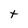
Character: t